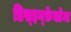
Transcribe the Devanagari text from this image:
डिस्इन्फ़ेक्टेन्ट